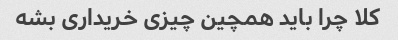
کلا چرا باید همچین چیزی خریداری بشه